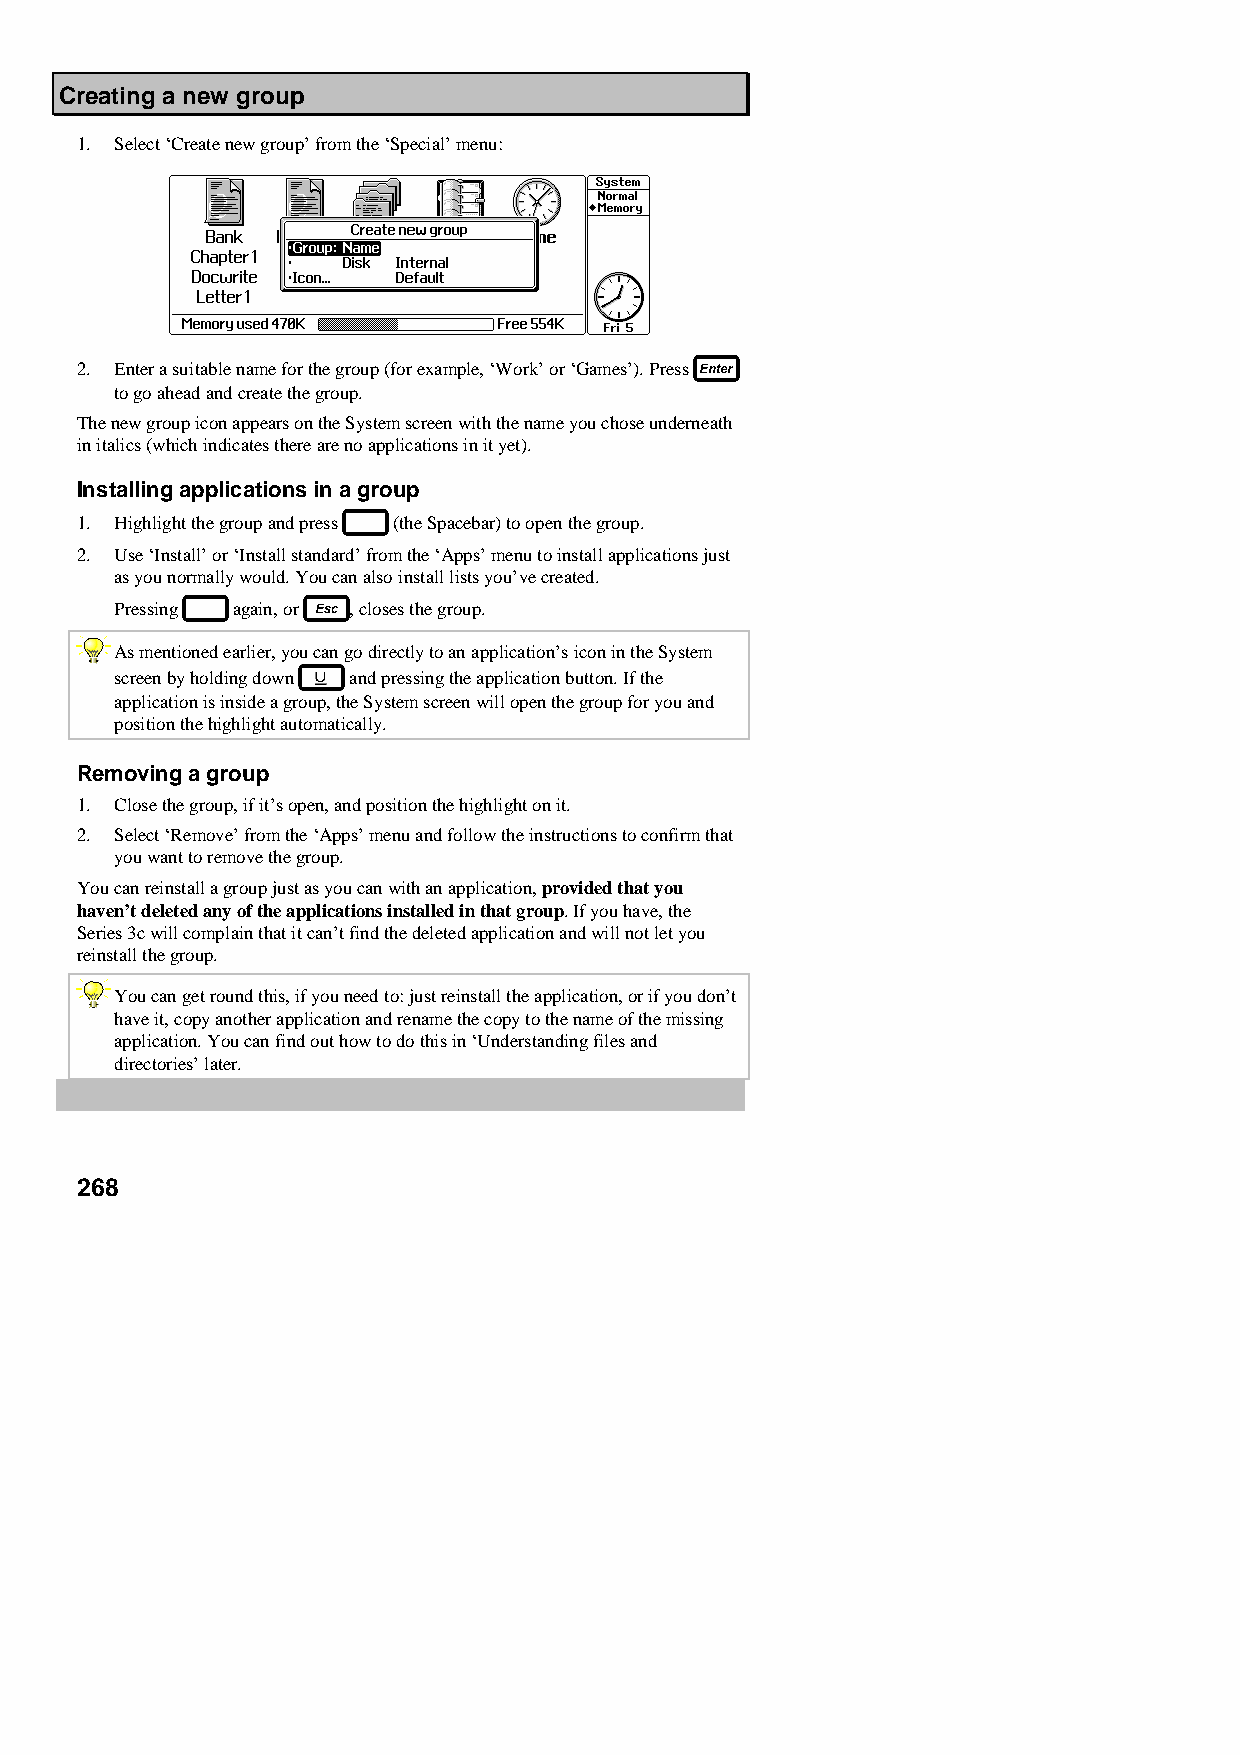
Creating a new group
 1. Select ‘Create new group’ from the ‘Special’ menu:
 2. Enter a suitable name for the group (for example, ‘Work’ or ‘Games’). Press
 to go ahead and create the group.
 The new group icon appears on the System screen with the name you chose underneath
 in italics (which indicates there are no applications in it yet).
 Installing applications in a group
 1. Highlight the group and press (the Spacebar) to open the group.
 2. Use ‘Install’ or ‘Install standard’ from the ‘Apps’ menu to install applications just
 as you normally would. You can also install lists you’ve created.
 Pressing again, or , closes the group.
 As mentioned earlier, you can go directly to an application’s icon in the System
 screen by holding down and pressing the application button. If the
 application is inside a group, the System screen will open the group for you and
 position the highlight automatically.
 Removing a group
 1. Close the group, if it’s open, and position the highlight on it.
 2. Select ‘Remove’ from the ‘Apps’ menu and follow the instructions to confirm that
 you want to remove the group.
 You can reinstall a group just as you can with an application, provided that you
 haven’t deleted any of the applications installed in that group. If you have, the
 Series 3c will complain that it can’t find the deleted application and will not let you
 reinstall the group.
 You can get round this, if you need to: just reinstall the application, or if you don’t
 have it, copy another application and rename the copy to the name of the missing
 application. You can find out how to do this in ‘Understanding files and
 directories’ later.
 268